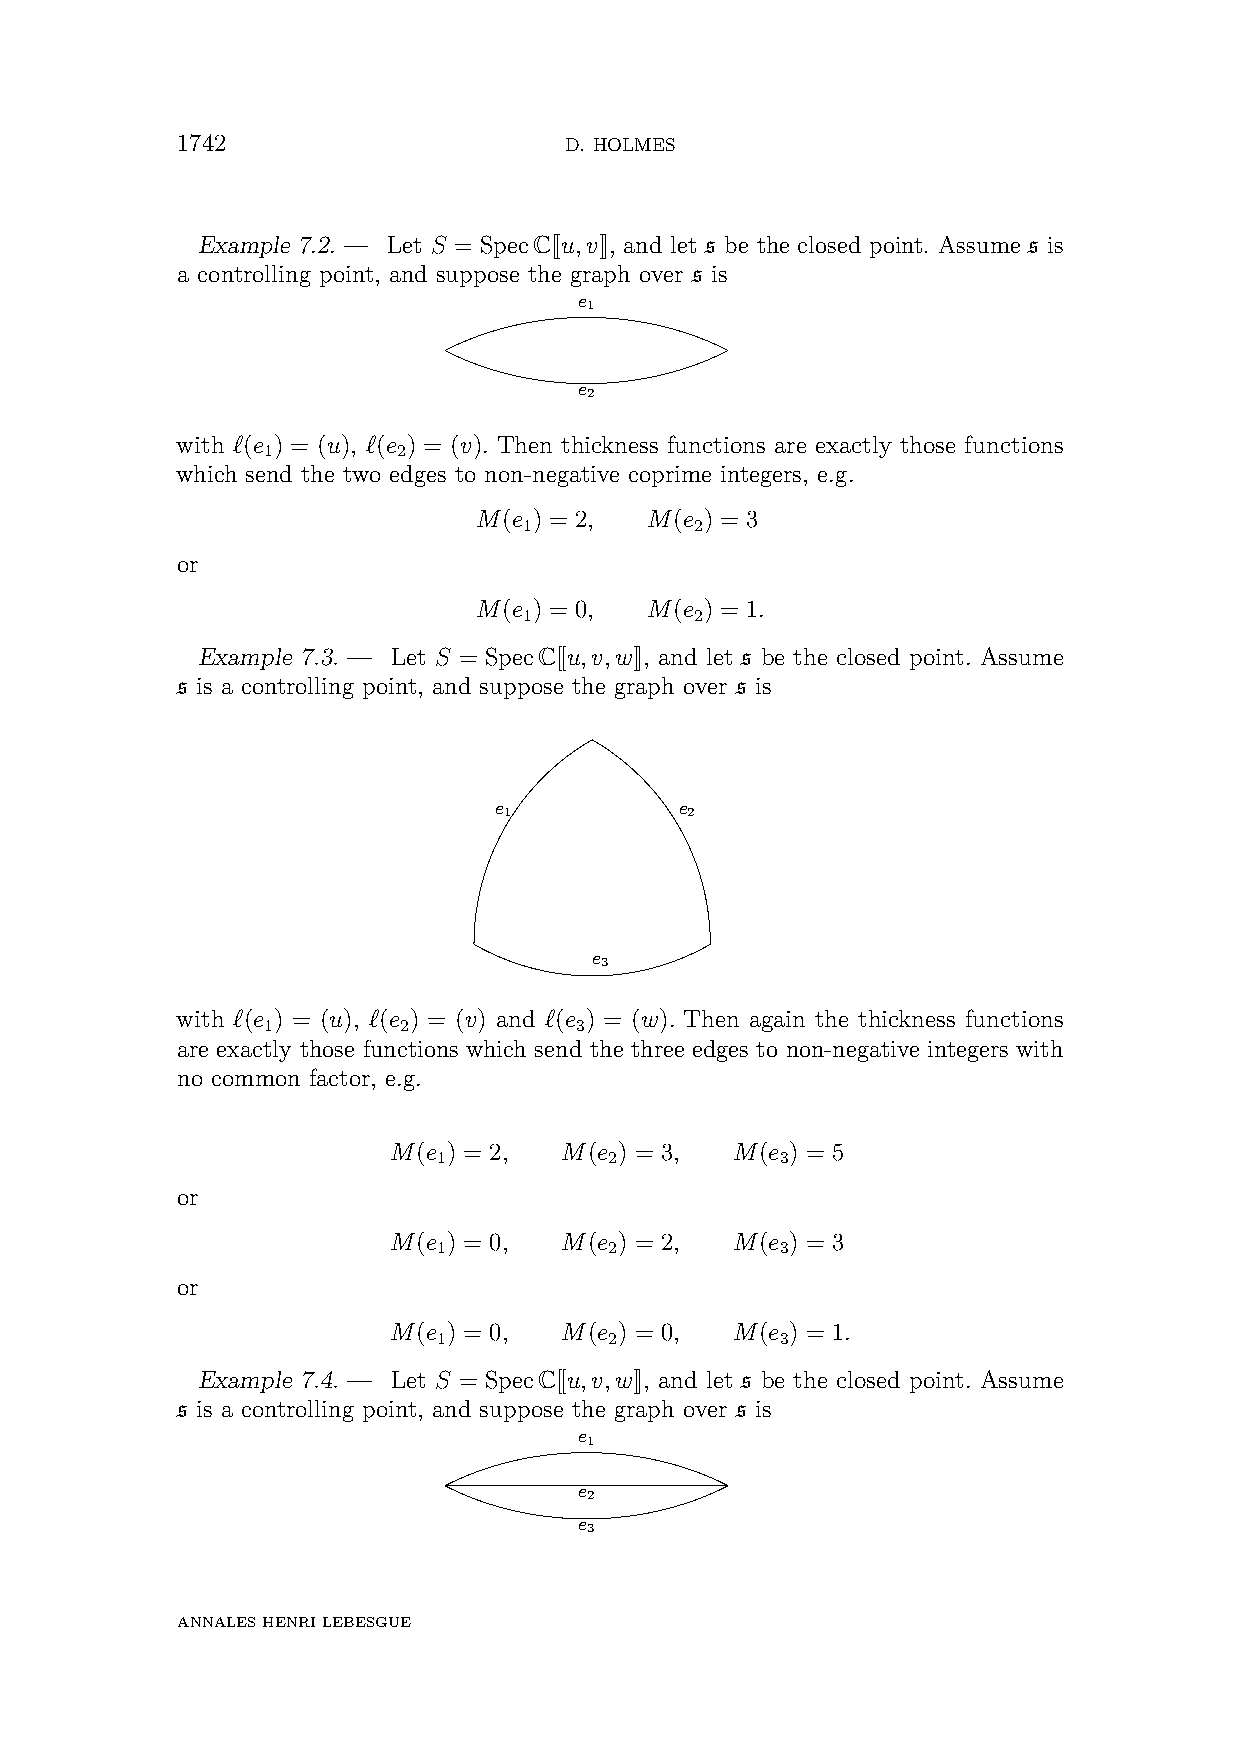
1742                     D. HOLMES
 Example 7.2. — Let S = SpecC[[u,v]], and let s be the closed point. Assume s is
 a controlling point, and suppose the graph over s is
 e
 1
 e
 2
 with ‘(e ) = (u), ‘(e ) = (v). Then thickness functions are exactly those functions
 1        2
 which send the two edges to non-negative coprime integers, e.g.
 M(e ) = 2,  M(e ) = 3
 1          2
 or
 M(e ) = 0,  M(e ) = 1.
 1          2
 Example 7.3. — Let S = SpecC[[u,v,w]], and let s be the closed point. Assume
 s is a controlling point, and suppose the graph over s is
 e           e
 1           2
 e
 3
 with ‘(e ) = (u), ‘(e ) = (v) and ‘(e ) = (w). Then again the thickness functions
 1        2           3
 are exactly those functions which send the three edges to non-negative integers with
 no common factor, e.g.
 M(e ) = 2, M(e ) = 3, M(e ) = 5
 1          2           3
 or
 M(e ) = 0, M(e ) = 2, M(e ) = 3
 1          2           3
 or
 M(e ) = 0, M(e ) = 0, M(e ) = 1.
 1          2           3
 Example 7.4. — Let S = SpecC[[u,v,w]], and let s be the closed point. Assume
 s is a controlling point, and suppose the graph over s is
 e
 1
 e
 2
 e
 3
 ANNALESHENRILEBESGUE